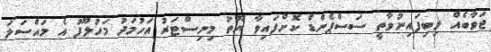
ޖަވާބެއް ލިބިފައިނުވާތީ ސަސްޕެންޑް ކޮށްފައިވާ ޔޫތު މިނިސްޓަރު އަހުމަދު މަހުލޫފު އެ މައްސަލަ